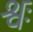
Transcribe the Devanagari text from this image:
श्वः